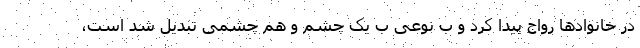
در خانوادها رواج پیدا کرد و ب نوعی ب یک چشم و هم چشمی تبدیل شد است،